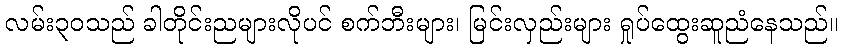
လမ်း၃၀သည် ခါတိုင်းညများလိုပင် စက်ဘီးများ၊ မြင်းလှည်းများ ရှုပ်ထွေးဆူညံနေသည်။